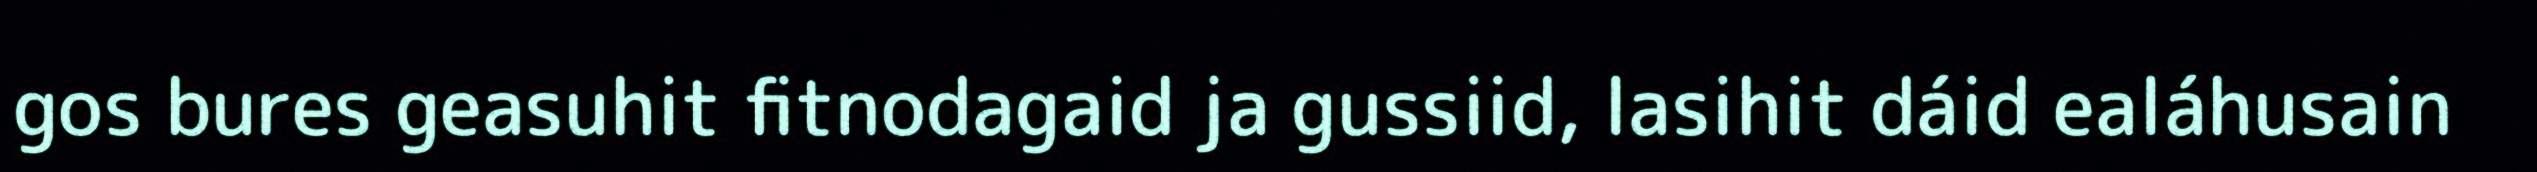
gos bures geasuhit fitnodagaid ja gussiid, lasihit dáid ealáhusain